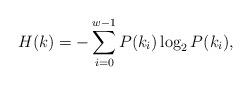
LaTeX: \begin{align*}H(k)=-\sum^{w-1}_{i=0}P(k_i)\log_2P(k_i),\end{align*}